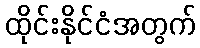
ထိုင်းနိုင်ငံအတွက်